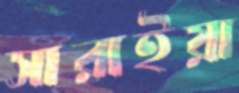
সারাইয়া